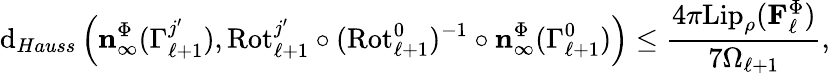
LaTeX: \mathrm{d}_{Hauss}\left(\mathbf{n}_{\infty}^{\Phi}(\Gamma_{\ell+1}^{j^{\prime}}),\mathrm{Rot}_{\ell+1}^{j^{\prime}}\circ(\mathrm{Rot}_{\ell+1}^{0})^{-1}\circ\mathbf{n}_{\infty}^{\Phi}(\Gamma_{\ell+1}^{0})\right)\leq\frac{4\pi\mathrm{Lip}_{\rho}(\mathbf{F}_{\ell}^{\Phi})}{7\Omega_{\ell+1}},